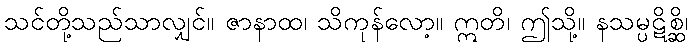
သင်တို့သည်သာလျှင်။ ဇာနာထ၊ သိကုန်လော့။ ဣတိ၊ ဤသို့။ နသမ္ပဋိစ္ဆိ၊